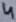
Text: 4